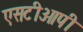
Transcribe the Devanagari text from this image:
एसटीओपी